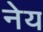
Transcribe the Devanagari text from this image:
नेय